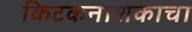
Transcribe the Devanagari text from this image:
किटकनाशकाचा